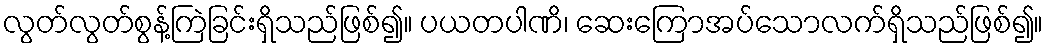
လွတ်လွတ်စွန့်ကြဲခြင်းရှိသည်ဖြစ်၍။ ပယတပါဏိ၊ ဆေးကြောအပ်သောလက်ရှိသည်ဖြစ်၍။